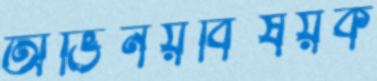
অভিনয়বিষয়ক